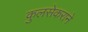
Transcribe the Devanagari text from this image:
कुलसेकराने